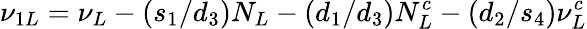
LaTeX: \nu_{1L}=\nu_{L}-(s_{1}/d_{3})N_{L}-(d_{1}/d_{3})N_{L}^{c}-(d_{2}/s_{4})\nu_{L}^{c}